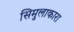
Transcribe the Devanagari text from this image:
सिमुलाकारा